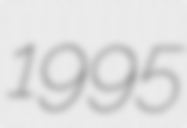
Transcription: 1995